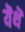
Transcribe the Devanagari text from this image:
यॆथॆ